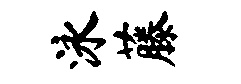
泳藤